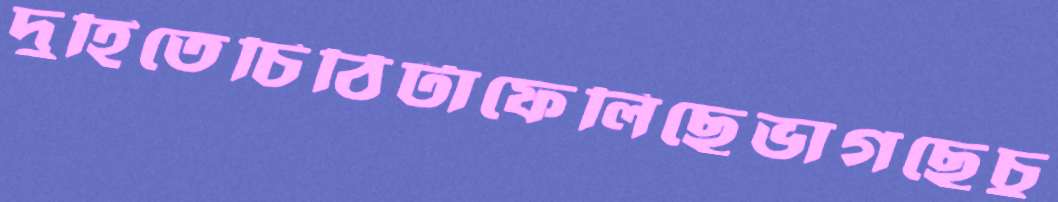
দুহিতেচিঠিটাফেলিছেভাগছেচু